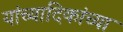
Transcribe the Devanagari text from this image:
यांच्यादिकांच्या